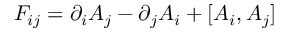
F _ { i j } = \partial _ { i } A _ { j } - \partial _ { j } A _ { i } + [ A _ { i } , A _ { j } ]